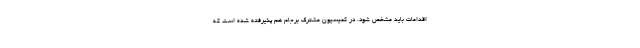
اقدامات باید مشخص شود. در کمیسیون مشترک برجام هم پذیرفته شده است که